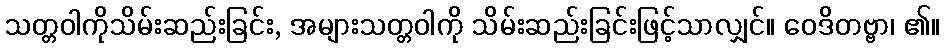
သတ္တဝါကိုသိမ်းဆည်းခြင်း, အများသတ္တဝါကို သိမ်းဆည်းခြင်းဖြင့်သာလျှင်။ ဝေဒိတဗ္ဗာ၊ ၏။